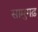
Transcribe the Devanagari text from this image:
सामुगढ़